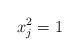
LaTeX: \begin{align*} x_j^2=1\end{align*}